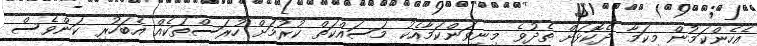
އެހެންކަމުން މިކަމާ ދެކޮޅަށް ތެދުވެ މިނިވަންކަމާއެކު މަސައްކަތް ކުރުމަށް ހުރަސްތަކެއް އެބަހުރި ކަންވެސް